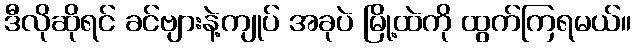
ဒီလိုဆိုရင် ခင်ဗျားနဲ့ကျုပ် အခုပဲ မြို့ထဲကို ထွက်ကြရမယ်။